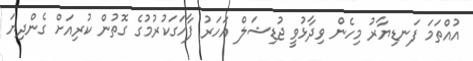
އުއްތަމަ ފަނޑިޔާރު މިހެން ވިދާޅުވީ ޖުޑިޝަލް އަހަރު ފާހަގަކުރުމުގެ ގޮތުން ކުރިއަށް ގެންދިޔަ